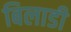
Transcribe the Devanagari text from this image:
बिलाडी